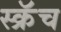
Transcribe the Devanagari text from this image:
स्क्रॅच